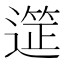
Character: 𮟆